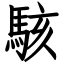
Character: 駭